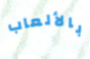
بالألعاب